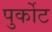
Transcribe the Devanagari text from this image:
पुर्कोट